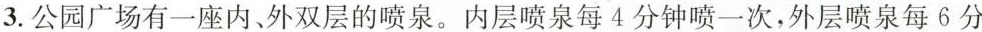
3.公园广场有一座内，外双层的喷泉。内层喷泉每4分钟喷一次，外层喷泉每6分